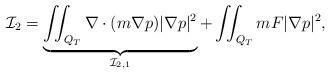
LaTeX: \begin{align*} \mathcal{I}_2 = \underbrace{\iint_{Q_T} \nabla \cdot(m \nabla p) |\nabla p|^2}_{\mathcal{I}_{2,1}} + \iint_{Q_T} mF |\nabla p|^2, \end{align*}